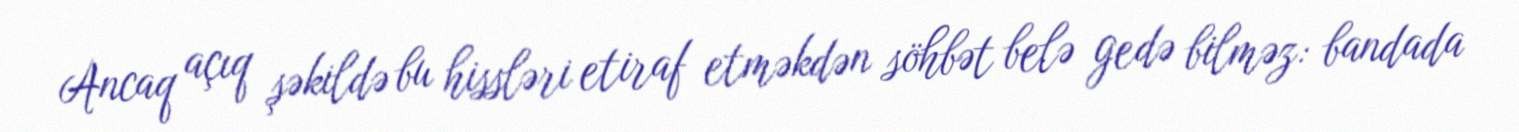
Ancaq açıq şəkildə bu hissləri etiraf etməkdən söhbət belə gedə bilməz: bandada